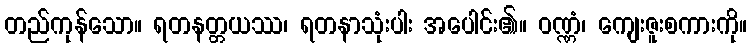
တည်ကုန်သော။ ရတနတ္တယဿ၊ ရတနာသုံးပါး အပေါင်း၏။ ဝဏ္ဏံ၊ ကျေးဇူးစကားကို။